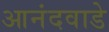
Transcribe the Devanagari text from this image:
आनंदवाडे